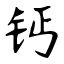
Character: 钙